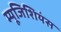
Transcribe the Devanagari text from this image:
म्यूजिशियंस